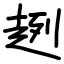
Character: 趔